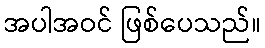
အပါအဝင် ဖြစ်ပေသည်။